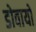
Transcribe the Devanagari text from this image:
डोवायो